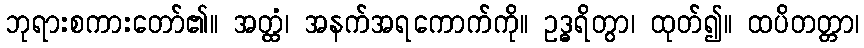
ဘုရားစကားတော်၏။ အတ္ထံ၊ အနက်အရကောက်ကို။ ဥဒ္ဓရိတွာ၊ ထုတ်၍။ ထပိတတ္တာ၊